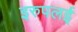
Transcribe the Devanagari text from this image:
इरुपलई